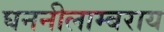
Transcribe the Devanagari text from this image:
घननीलाम्बराय